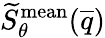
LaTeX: \widetilde{S}_{\theta}^{\mathrm{mean}}(\overline{{q}})